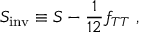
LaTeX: S _ { \mathrm { i n v } } \equiv S - { \frac { 1 } { 1 2 } } f _ { T T } \ ,